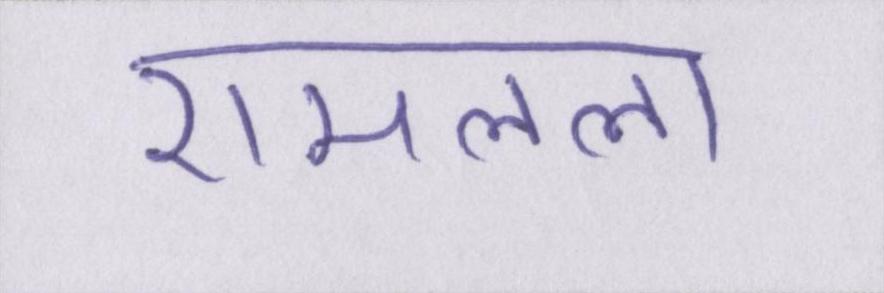
रामलला